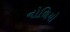
નોળિયો